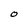
Character: O